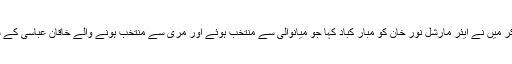
راستے میں رک کر میں نے ایئر مارشل نور خان کو مبار کباد کہا جو میانوالی سے منتخب ہوئے اور مری سے منتخب ہونے والے خاقان عباسی کے ساتھ کھڑے تھے۔